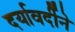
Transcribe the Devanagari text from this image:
दर्यावर्दीने